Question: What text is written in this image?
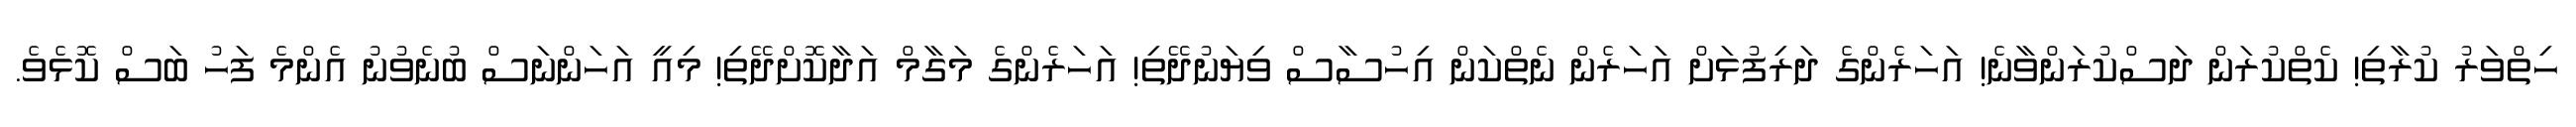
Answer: ހިތްވަރު ކުރާތި! ކެތްކުރަން ދަސްކުރަންވާނެ! އަހަރެންގެ ދަރިފުޅަށް އަހަރެން ނެތްކަން އިހުސާސް ވިޔަނުދޭތި! އަހަރެންގެ މަގާމް އަދާކޮށްދޭތި! މިއީ އަހަންނަސް ބުނެވުނު އެންމެ ފަހު ބަސް ކޮޅެވެ.